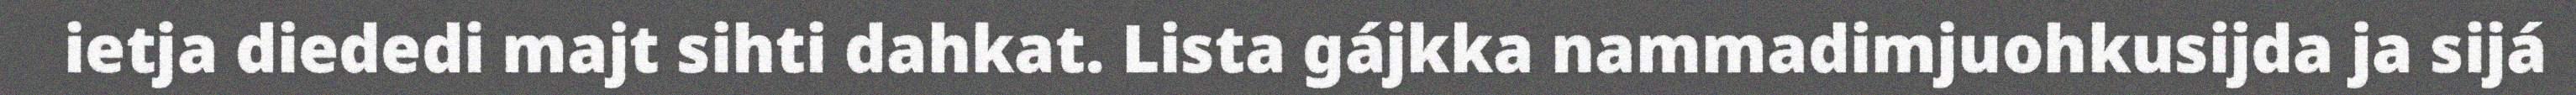
ietja diededi majt sihti dahkat. Lista gájkka nammadimjuohkusijda ja sijá